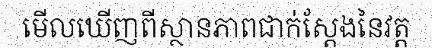
មើលឃើញពីស្ថានភាពជាក់ស្តែងនៃវត្ត